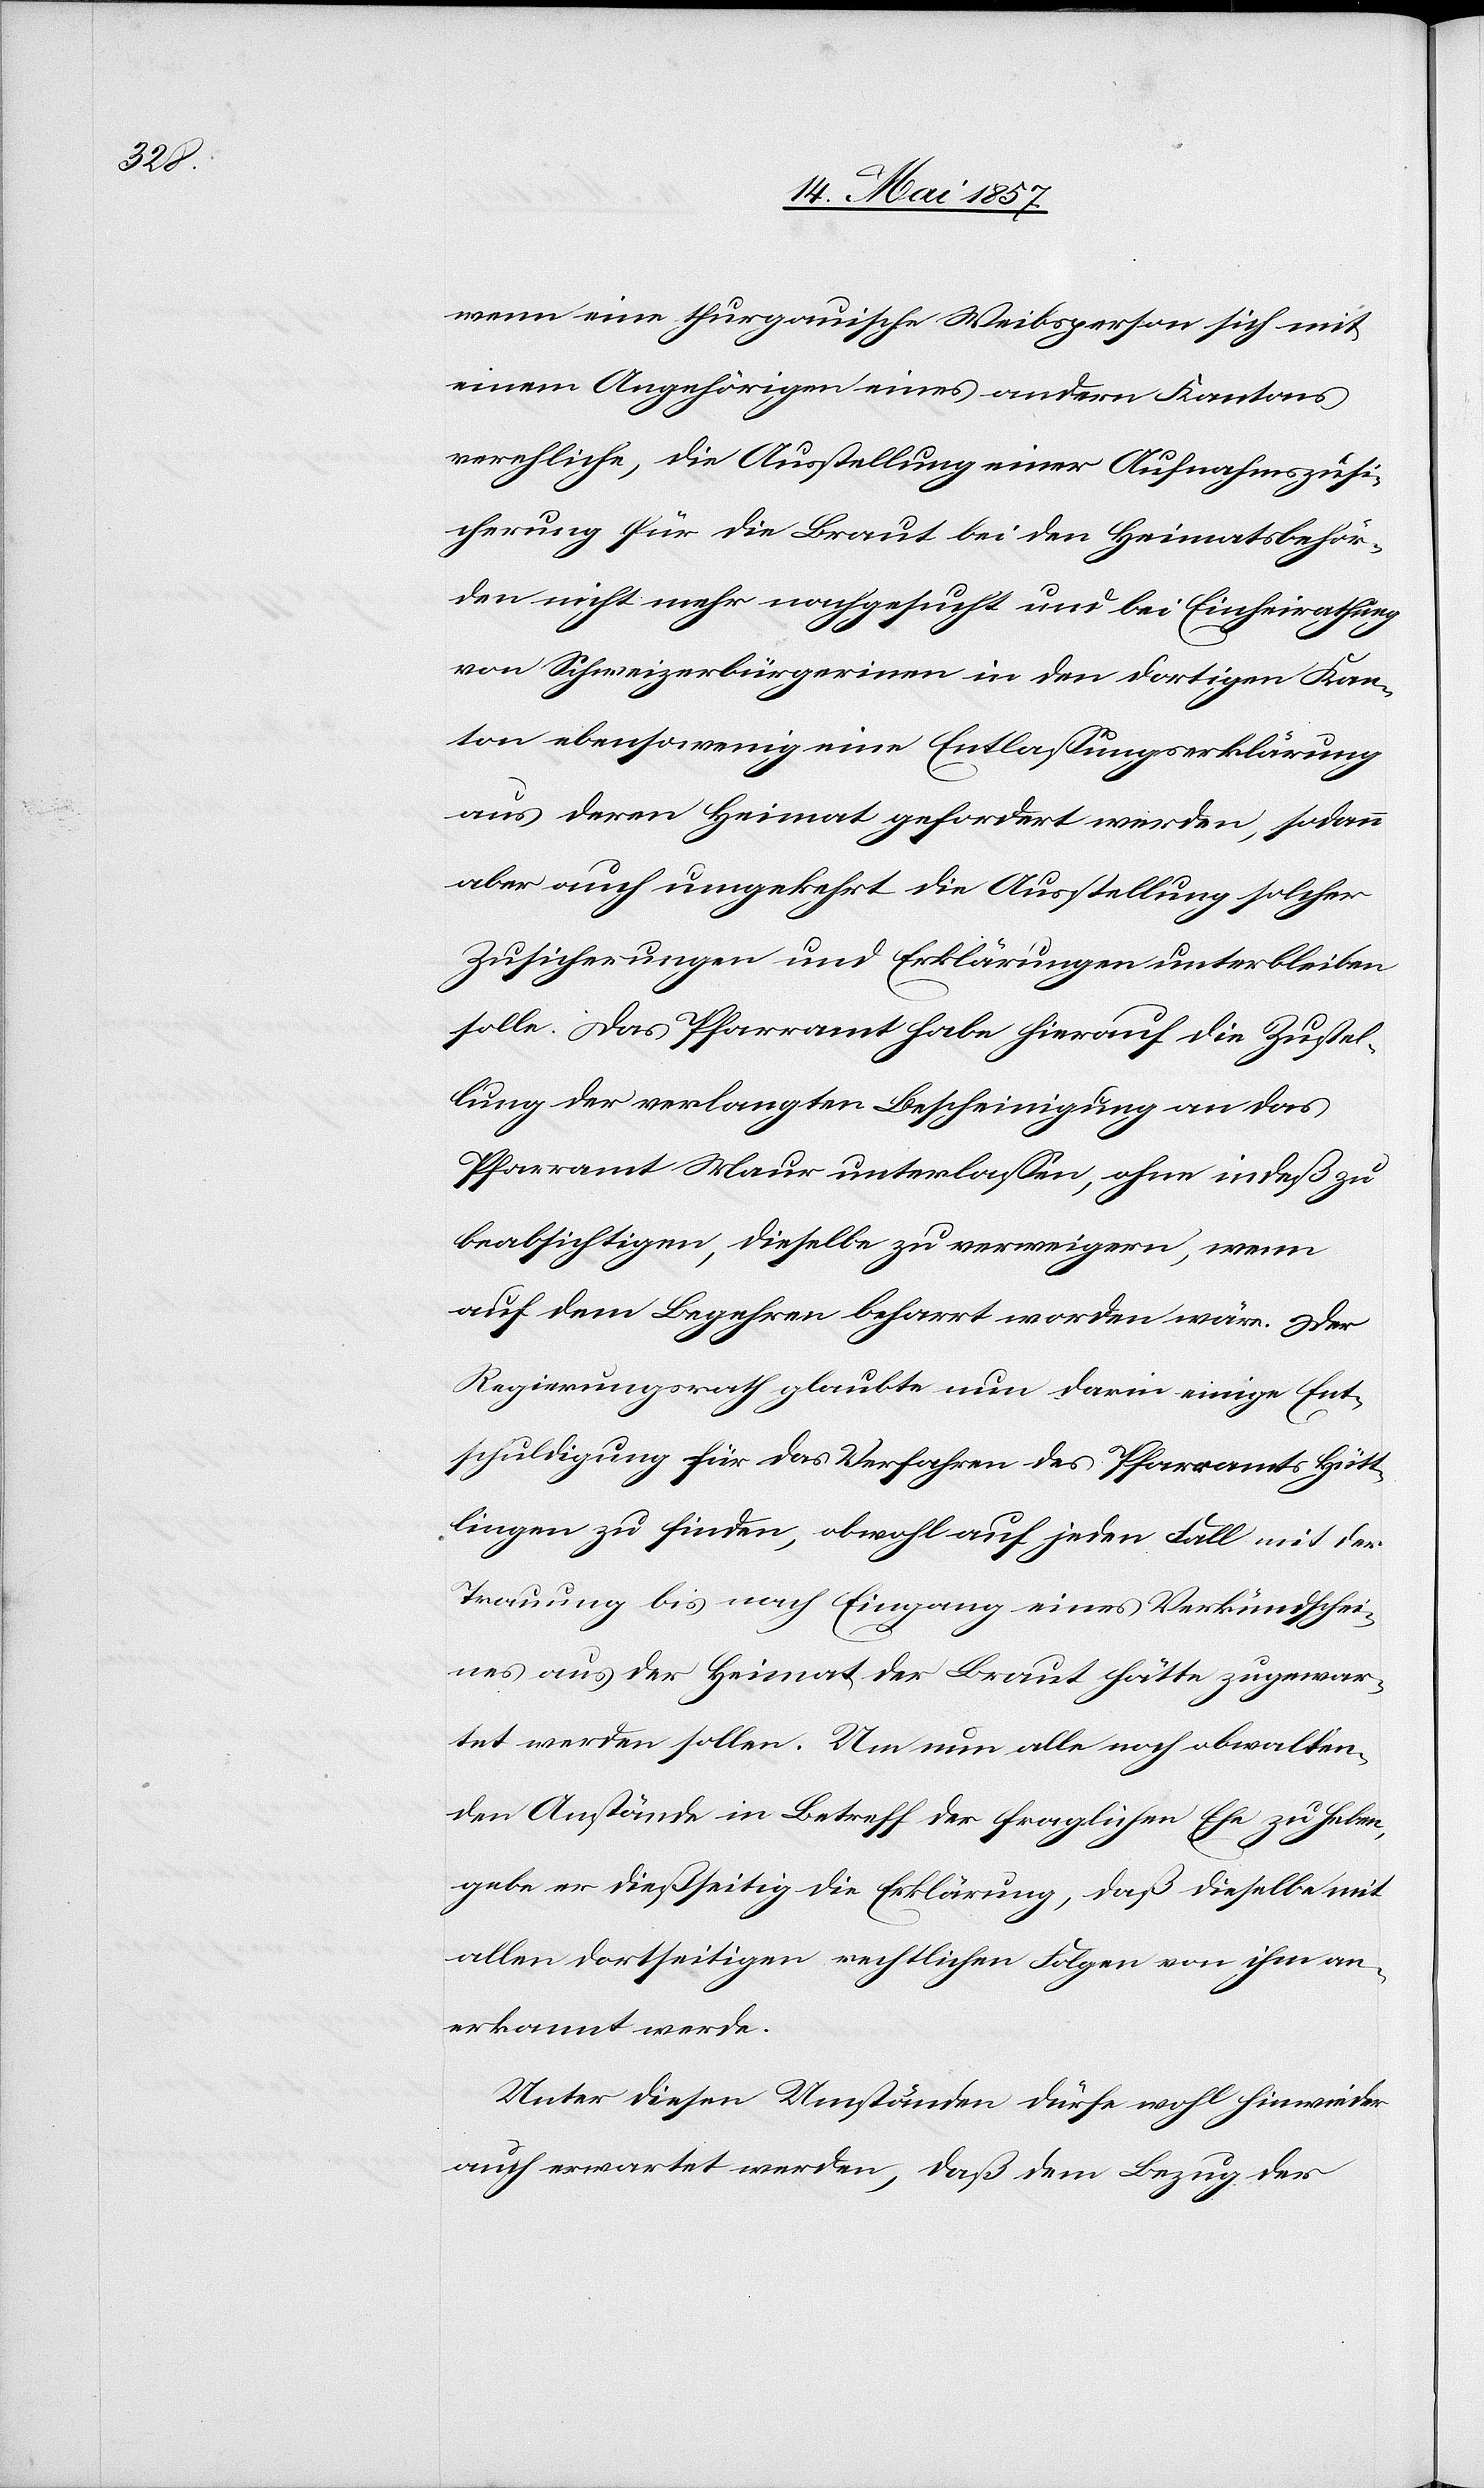
wenn eine thurgauische Weibsperson sich mit
einem Angehörigen eines andern Kantons
verehliche, die Ausstellung einer Aufnahmszusi¬
cherung für die Braut bei den Heimatsbehör¬
den nicht mehr nachgesucht und bei Einheirathung
von Schweizerbürgerinnen in den dortigen Kan¬
ton ebensowenig eine Entlassungserklärung
aus deren Heimat gefordert werden, sodann
aber auch umgekehrt die Ausstellung solcher
Zusicherungen und Erklärungen unterbleiben
solle. Das Pfarramt habe hierauf die Zustel¬
lung der verlangten Bescheinigung an das
Pfarramt Maur unterlassen, ohne indeß zu
beabsichtigen, dieselbe zu verweigern, wenn
auf dem Begehren beharrt worden wäre. Der
Regierungsrath glaubte nun darin einige Ent¬
schuldigung für das Verfahren des Pfarramts Hütt¬
lingen zu finden, obwohl auf jeden Fall mit der
Trauung bis nach Eingang eines Verkündschei¬
nes aus der Heimat der Braut hätte zugewar¬
tet werden sollen. Um nun alle noch obwalten¬
den Anstände in Betreff der fraglichen Ehe zu heben,
gebe er dießseitig die Erklärung, daß dieselbe mit
allen dortseitigen rechtlichen Folgen von ihm an¬
erkannt werde.
Unter diesen Umständen dürfe wohl hinwieder
auch erwartet werden, daß dem Bezug der